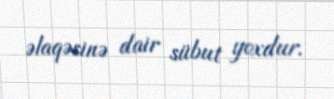
əlaqəsinə dair sübut yoxdur.